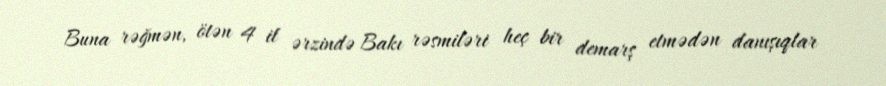
Buna rəğmən, ötən 4 il ərzində Bakı rəsmiləri heç bir demarş etmədən danışıqlar